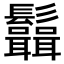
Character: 𩰆